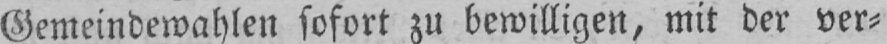
Gemeindewahlen sofort zu bewilligen, mit der ver⸗